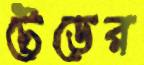
টেডের